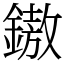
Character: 𨫼